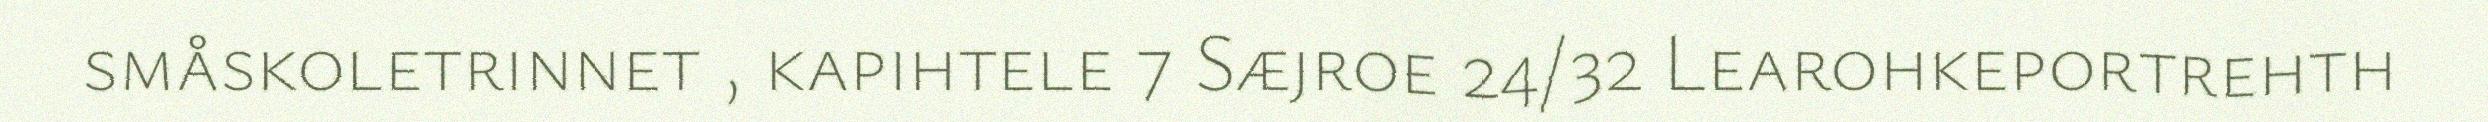
småskoletrinnet , kapihtele 7 Sæjroe 24/32 Learohkeportrehth